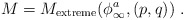
\begin{align*}M= M_{\rm {extreme}} (\phi^a_{\infty}, (p,q)) \ .\end{align*}